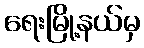
ရေးမြို့နယ်မှ